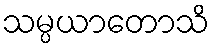
သမ္ပယာတောသိ